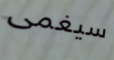
سيغمى